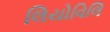
લિયોવિલિ